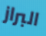
البراز